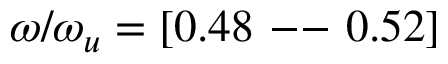
\omega / \omega _ { u } = [ 0 . 4 8 \mathrm { ~ -- ~ } 0 . 5 2 ]